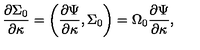
{ \frac { \partial \Sigma _ { 0 } } { \partial \kappa } } = \left( { \frac { \partial \Psi } { \partial \kappa } } , \Sigma _ { 0 } \right) = \Omega _ { 0 } { \frac { \partial \Psi } { \partial \kappa } } ,